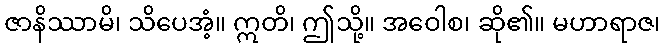
ဇာနိဿာမိ၊ သိပေအံ့။ ဣတိ၊ ဤသို့။ အဝေါစ၊ ဆို၏။ မဟာရာဇ၊